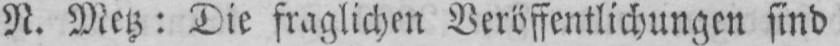
N. Metz: Die fraglichen Veröffentlichungen sind